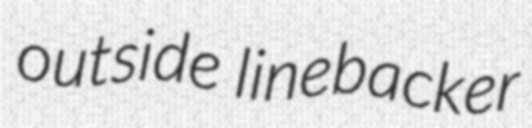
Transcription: outside linebacker